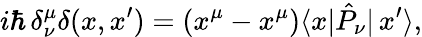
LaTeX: i\hbar\, \delta_{\nu}^{\mu}\delta(x,x^{\prime})=(x^{\mu}-x^{\mu})\langle x|\hat{P}_{\nu}|\, x^{\prime}\rangle,